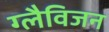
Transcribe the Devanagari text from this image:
ग्लैविजन